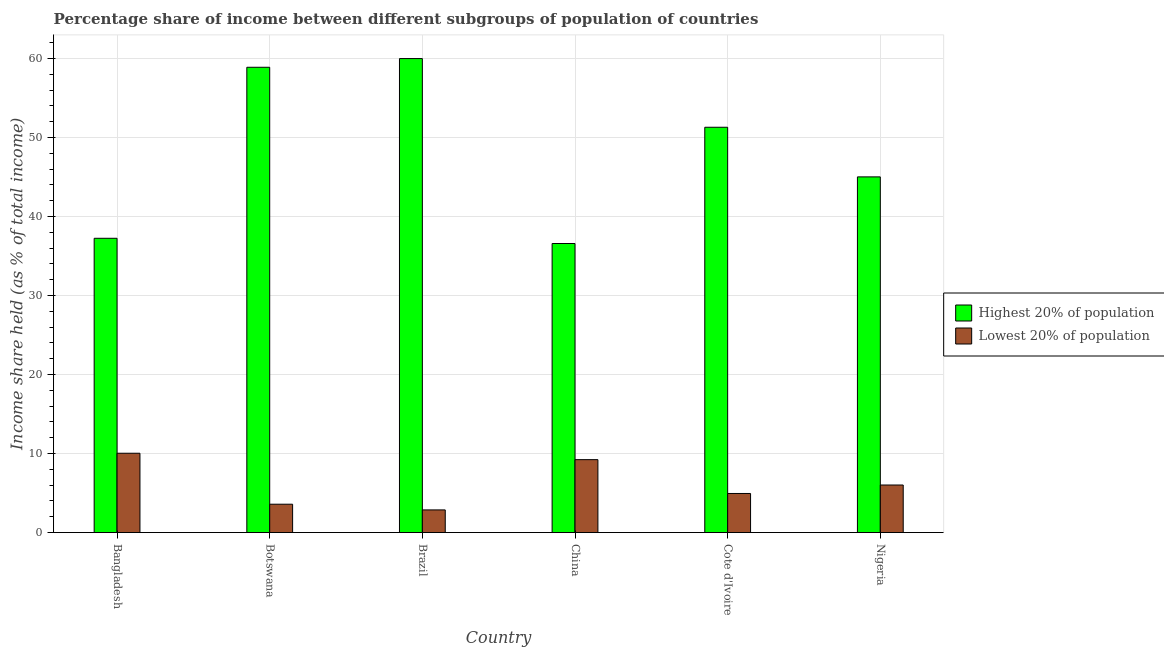
| Country | Highest 20% of population | Lowest 20% of population |
 | --- | --- | --- |
 | Bangladesh | 37.2 | 10 |
 | Botswana | 58.9 | 3.59 |
 | Brazil | 60 | 2.87 |
 | China | 36.6 | 9.23 |
 | Cote d'Ivoire | 51.3 | 4.95 |
 | Nigeria | 45 | 6.02 |